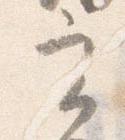
実